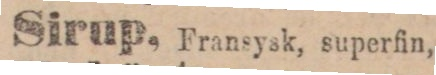
Sirup, Fransysk, superfin,